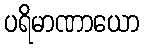
ပရိမာဏာယော